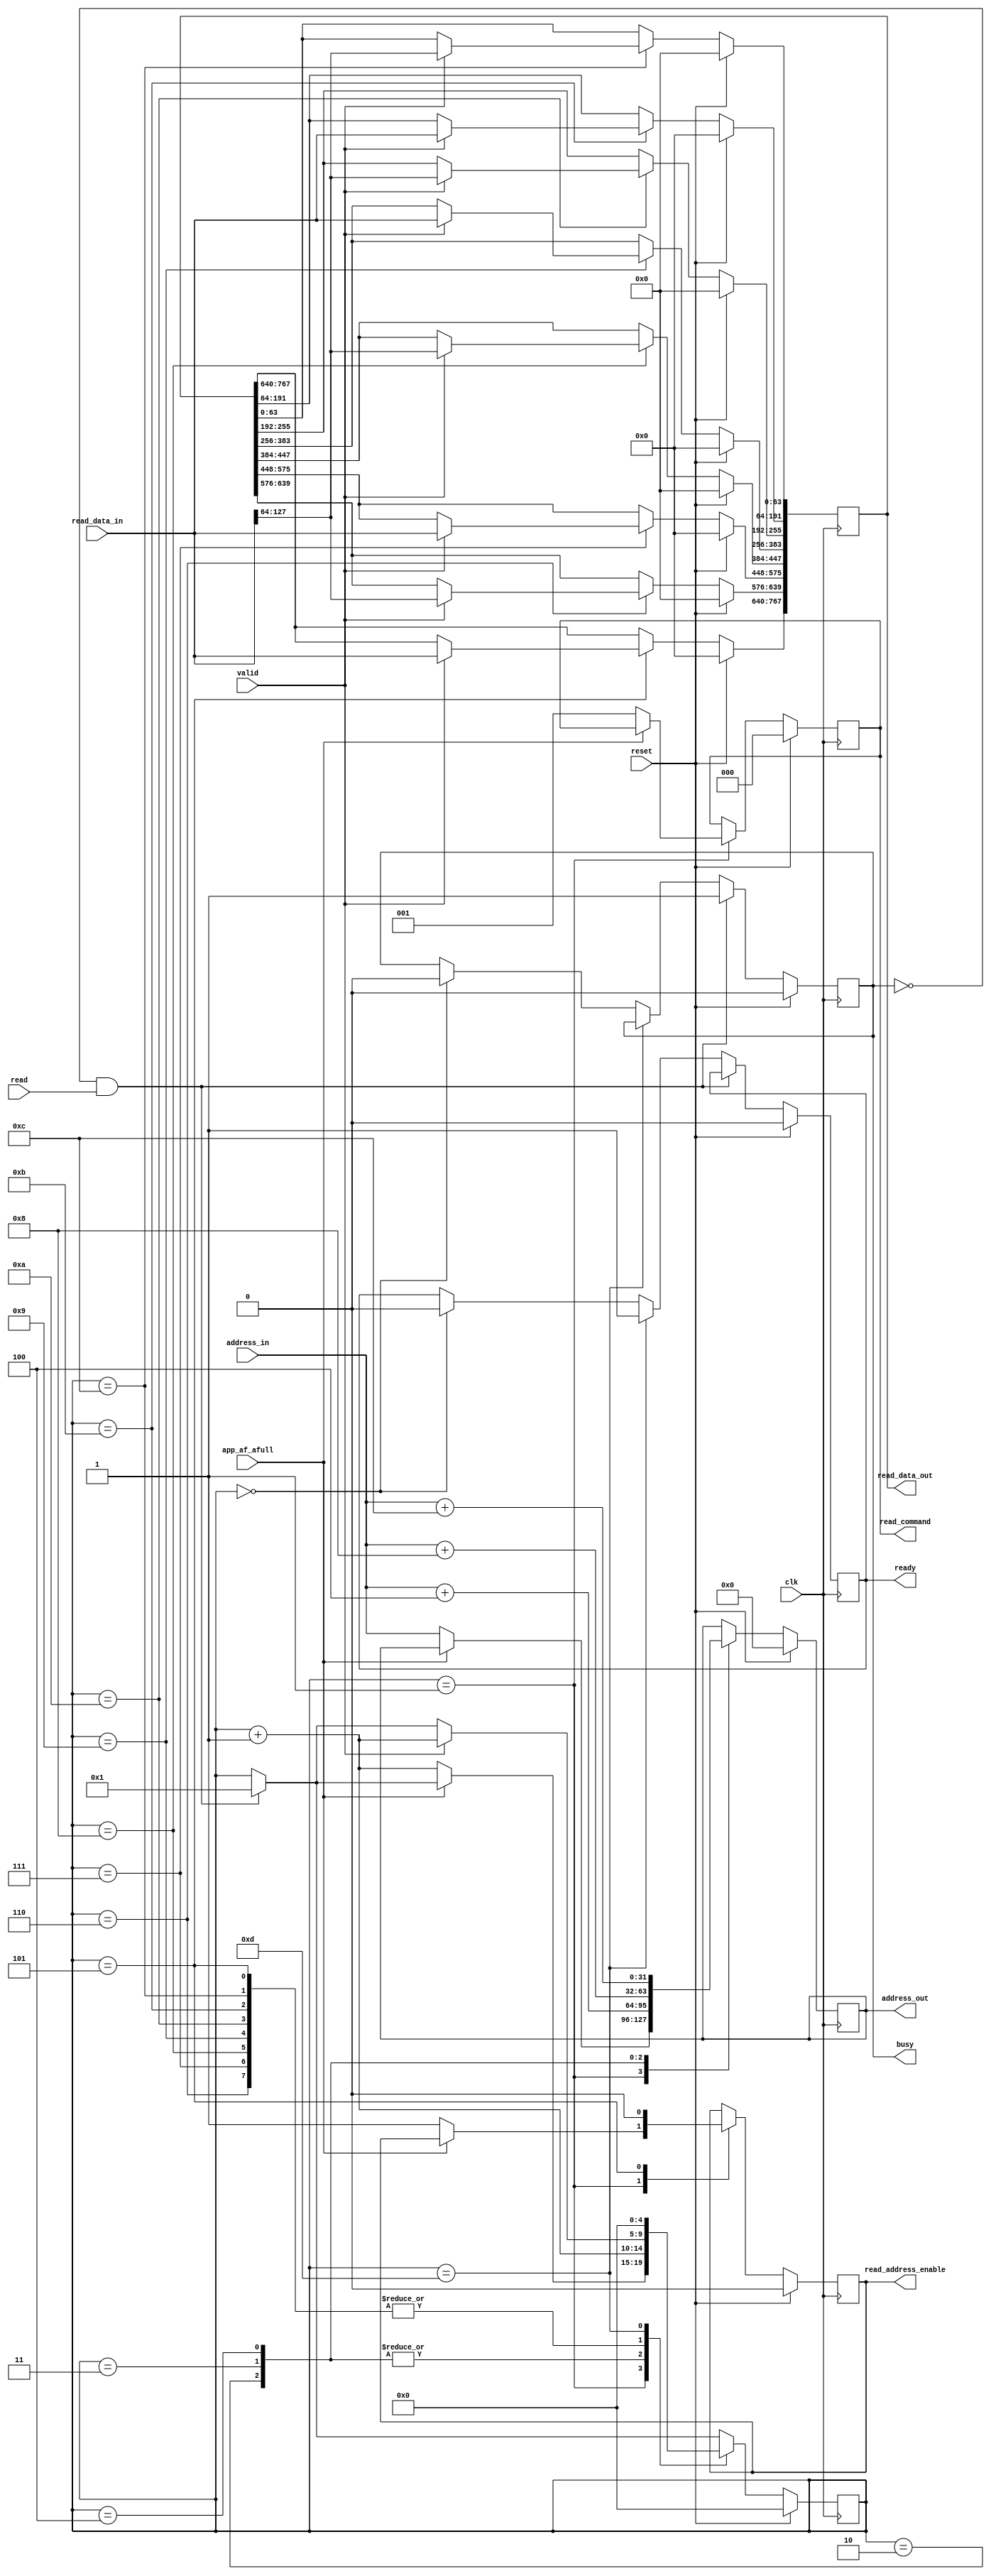
`timescale 1ns / 1ps
//////////////////////////////////////////////////////////////////////////////////
// Company: 
// Engineer: 
// 
// Design Name: 
// Module Name:    read_burst 
// Project Name: 
// Target Devices: 
// Tool versions: 
// Description: 
//
// Dependencies: 
//
// Revision: 
// Revision 0.01 - File Created
// Additional Comments: 
//
//////////////////////////////////////////////////////////////////////////////////
module read_burst(

	input clk,
	input reset,
	
	input app_af_afull,
	input read,
	input [31:0] address_in,
	output reg [767:0] read_data_out,
	output reg busy,
	output reg ready,
	
	//RAM
	input valid,
	input [127:0] read_data_in,
	output reg read_address_enable,
	output reg [2:0] read_command,
	output reg [31:0] address_out

);

reg [4:0] read_fsm = 0;

always @(posedge clk) begin

	if (reset) begin
		read_data_out <= 0;
		read_address_enable <= 0;
		read_command <= 0;
		address_out <= 0;
		busy <= 0;
		read_fsm <= 0;
		ready <= 0;
	end
	else begin
	
		if ( (!busy) & (read) ) begin
			busy <= 1;
			read_fsm <= 4'b0001;
		end
		else if (read_fsm == 4'd13) ready <= 1;
		else if (read_fsm == 4'd0) begin
			busy <= 0;
			ready <= 0;
		end 
		
		// REFRESH SMALL FRAME BUFFER
		case(read_fsm)
			1: if (!app_af_afull) begin
					read_address_enable <= 1;
					read_command <= 3'b001;
					address_out <= address_in;
					read_fsm <= read_fsm + 1;
				end
			2: begin
					read_fsm <= read_fsm + 1;
					address_out <= address_in + 4;
				end
			3: begin
					read_fsm <= read_fsm + 1;
					address_out <= address_in + 8;
				end
			4: begin
					read_fsm <= read_fsm + 1;
					address_out <= address_in + 12;
				end
			5: begin
					read_address_enable <= 0;
					if (valid) begin
						read_data_out[767:640] <= read_data_in;
						read_fsm <= read_fsm + 1;
					end
				end
			6: if (valid) begin
					read_data_out[639:576] <= read_data_in[127:64];
					read_fsm <= read_fsm + 1;
				end
			7: if (valid) begin
					read_data_out[575:448] <= read_data_in;
					read_fsm <= read_fsm + 1;
				end
			8: if (valid) begin
					read_data_out[447:384] <= read_data_in[127:64];
					read_fsm <= read_fsm + 1;
				end
			9: if (valid) begin
					read_data_out[383:256] <= read_data_in;
					read_fsm <= read_fsm + 1;
				end
			10: if (valid) begin
					read_data_out[255:192] <= read_data_in[127:64];
					read_fsm <= read_fsm + 1;
				end
			11: if (valid) begin
					read_data_out[191:64] <= read_data_in;
					read_fsm <= read_fsm + 1;
				end
			12: if (valid) begin
					read_data_out[63:0] <= read_data_in[127:64];
					read_fsm <= read_fsm + 1;
				end
			13: read_fsm <= 0;
				
		endcase
		
	end

end

endmodule